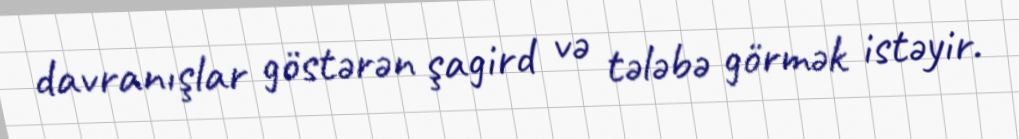
davranışlar göstərən şagird və tələbə görmək istəyir.